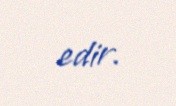
edir.